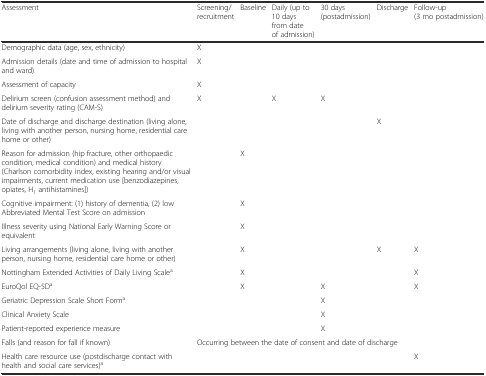
<table><thead><tr><td><b>Assessment</b></td><td><b>Screening/recruitment</b></td><td><b>Baseline</b></td><td><b>Daily (up to 10 days from date of admission)</b></td><td><b>30 days (postadmission)</b></td><td><b>Discharge</b></td><td><b>Follow-up (3 mo postadmission)</b></td></tr></thead><tbody><tr><td>Demographic data (age, sex, ethnicity)</td><td>X</td><td></td><td></td><td></td><td></td><td></td></tr><tr><td>Admission details (date and time of admission to hospital and ward)</td><td>X</td><td></td><td></td><td></td><td></td><td></td></tr><tr><td>Assessment of capacity</td><td>X</td><td></td><td></td><td></td><td></td><td></td></tr><tr><td>Delirium screen (confusion assessment method) and delirium severity rating (CAM-S)</td><td>X</td><td></td><td>X</td><td>X</td><td></td><td></td></tr><tr><td>Date of discharge and discharge destination (living alone, living with another person, nursing home, residential care home or other)</td><td></td><td></td><td></td><td></td><td>X</td><td></td></tr><tr><td>Reason for admission (hip fracture, other orthopaedic condition, medical condition) and medical history (Charlson comorbidity index, existing hearing and/or visual impairments, current medication use [benzodiazepines, opiates, H<sub>1</sub> antihistamines])</td><td></td><td>X</td><td></td><td></td><td></td><td></td></tr><tr><td>Cognitive impairment: (1) history of dementia, (2) low Abbreviated Mental Test Score on admission</td><td></td><td>X</td><td></td><td></td><td></td><td></td></tr><tr><td>Illness severity using National Early Warning Score or equivalent</td><td></td><td>X</td><td></td><td></td><td></td><td></td></tr><tr><td>Living arrangements (living alone, living with another person, nursing home, residential care home or other)</td><td></td><td>X</td><td></td><td></td><td>X</td><td>X</td></tr><tr><td>Nottingham Extended Activities of Daily Living Scale<sup>a</sup></td><td></td><td>X</td><td></td><td></td><td></td><td>X</td></tr><tr><td>EuroQol EQ-5D<sup>a</sup></td><td></td><td>X</td><td></td><td>X</td><td></td><td>X</td></tr><tr><td>Geriatric Depression Scale Short Form<sup>a</sup></td><td></td><td></td><td></td><td>X</td><td></td><td></td></tr><tr><td>Clinical Anxiety Scale</td><td></td><td></td><td></td><td>X</td><td></td><td></td></tr><tr><td>Patient-reported experience measure</td><td></td><td></td><td></td><td>X</td><td></td><td></td></tr><tr><td>Falls (and reason for fall if known)</td><td colspan="5">Occurring between the date of consent and date of discharge</td><td></td></tr><tr><td>Health care resource use (postdischarge contact with health and social care services)<sup>a</sup></td><td></td><td></td><td></td><td></td><td></td><td>X</td></tr></tbody></table>